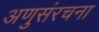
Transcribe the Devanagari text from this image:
अणुसंरचना